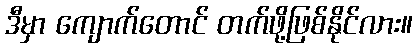
ဒီမှာ ကျောက်တောင် တက်ဖို့ဖြစ်နိုင်လား။